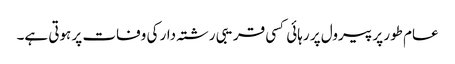
عام طور پر پیرول پر رہائی کسی قریبی رشتہ دار کی وفات پر ہوتی ہے۔